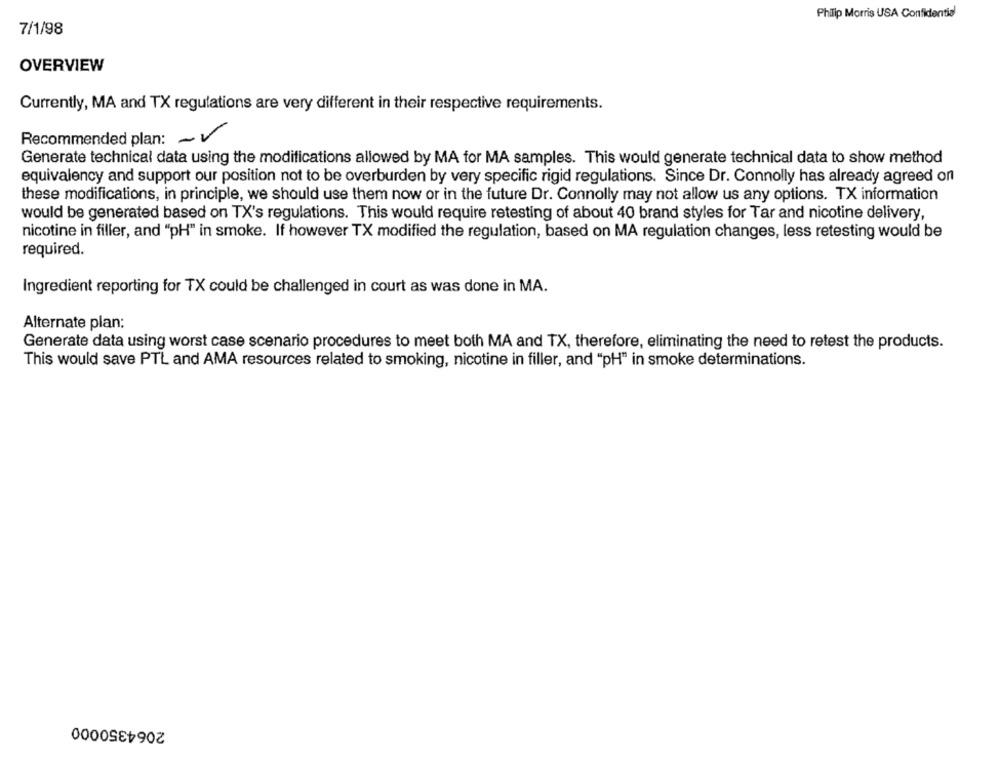
Philip Morris USA Confidential
7/1/98
OVERVIEW
Currently, MA and TX regulations are very different in their respective requirements.
Recommended plan: - 1
Generate technical data using the modifications allowed by MA for MA samples. This would generate technical data to show method
equivalency and support our position not to be overburden by very specific rigid regulations. Since Dr. Connolly has already agreed on
these modifications, in principle, we should use them now or in the future Dr. Connolly may not allow us any options. TX information
would be generated based on TX's regulations. This would require retesting of about 40 brand styles for Tar and nicotine delivery,
nicotine in filler, and "pH" in smoke. If however TX modified the regulation, based on MA regulation changes, less retesting would be
required.
Ingredient reporting for TX could be challenged in court as was done in MA.
Alternate plan:
Generate data using worst case scenario procedures to meet both MA and TX, therefore, eliminating the need to retest the products.
This would save PTL and AMA resources related to smoking, nicotine in filler, and "pH" in smoke determinations.
2064350000